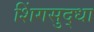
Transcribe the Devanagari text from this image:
शिंगसुद्धा